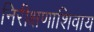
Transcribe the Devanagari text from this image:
निरीक्षणाशिवाय